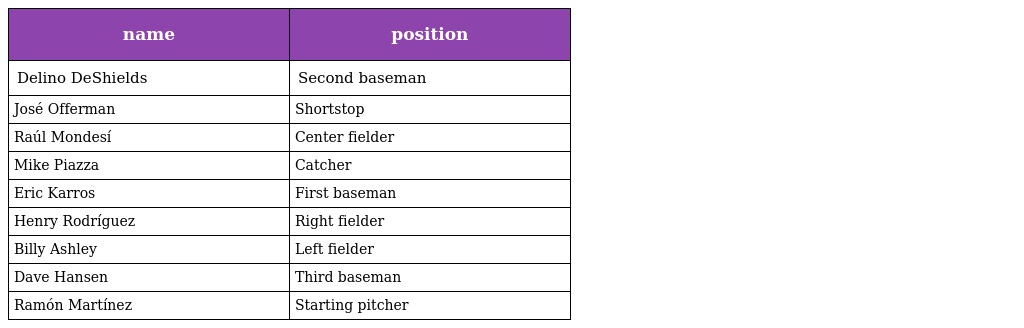
| name | position |
 | --- | --- |
 | Delino DeShields | Second baseman |
 | José Offerman | Shortstop |
 | Raúl Mondesí | Center fielder |
 | Mike Piazza | Catcher |
 | Eric Karros | First baseman |
 | Henry Rodríguez | Right fielder |
 | Billy Ashley | Left fielder |
 | Dave Hansen | Third baseman |
 | Ramón Martínez | Starting pitcher |